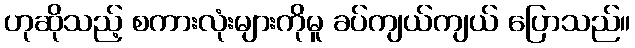
ဟုဆိုသည့် စကားလုံးများကိုမူ ခပ်ကျယ်ကျယ် ပြောသည်။